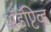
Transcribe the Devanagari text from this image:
अॅडॅप्टिव्ह